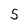
Character: 5